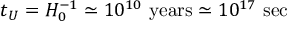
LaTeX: t _ { U } = H _ { 0 } ^ { - 1 } \simeq 1 0 ^ { 1 0 } \, \, \mathrm { y e a r s } \simeq 1 0 ^ { 1 7 } \, \, \mathrm { s e c }